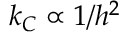
k _ { C } \propto 1 / h ^ { 2 }